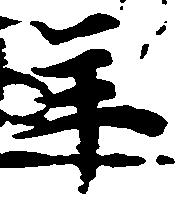
年